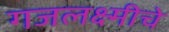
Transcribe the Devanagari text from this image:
गजलक्ष्मीचे